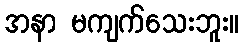
အနာ မကျက်သေးဘူး။